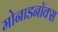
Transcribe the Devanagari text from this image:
मोनाडनॉक्स